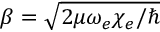
\beta = \sqrt { 2 \mu \omega _ { e } \chi _ { e } / \hbar }